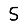
Digit: 5